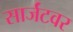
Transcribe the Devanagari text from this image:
सार्जंटवर